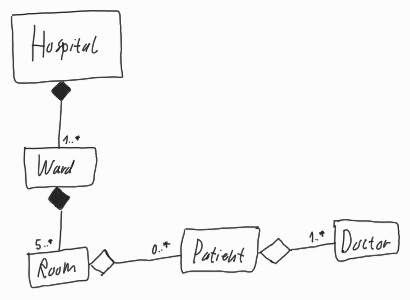
Diagram type: class_diagram
```plantuml
@startuml

class Hospital

class Ward

class Room

class Patient

class Doctor

Hospital *-- "1..*" Ward

Ward *-- "5..*" Room

Room o-- "0..*" Patient

Patient o-- "1..*" Doctor

@enduml
```